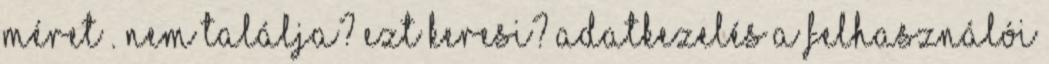
Méret . Nem találja? Ezt keresi? adatkezelés A felhasználói